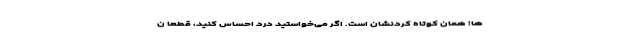
ها؛ همان کوتاه کردنشان است. اگر می‌خواستید درد احساس کنید، قطعا ن